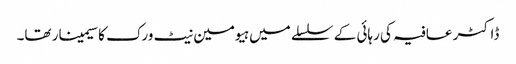
ڈاکٹر عافیہ کی رہائی کے سلسلے میں ہیومین نیٹ ورک کا سیمینار تھا۔